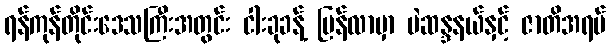
ရန်ကုန်တိုင်းဒေသကြီးအတွင်း ငါးခုခန့် ပြန်လာမှာ မဲဆန္ဒနယ်နှင့် ဇာတိအရပ်